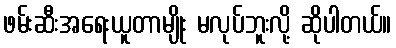
ဖမ်းဆီးအရေးယူတာမျိုး မလုပ်ဘူးလို့ ဆိုပါတယ်။